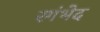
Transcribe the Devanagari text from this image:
रगंभेद